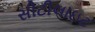
સીટીલાઇટ